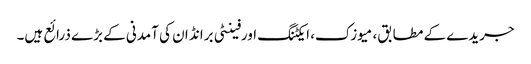
جریدے کے مطابق، میوزک، ایکٹنگ اورفینٹی برانڈ ان کی آمدنی کے بڑے ذرائع ہیں۔